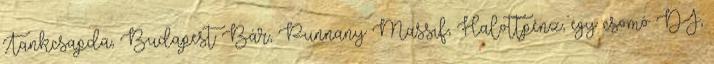
Tankcsapda, Budapest Bár, Punnany Massif, Halottpénz, egy csomó DJ,